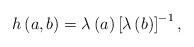
LaTeX: \begin{align*}h\left( a,b\right) =\lambda \left( a\right) \left[ \lambda \left( b\right)\right] ^{-1},\end{align*}